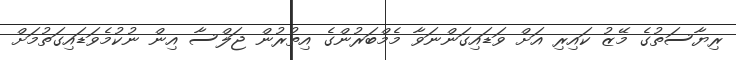
ރިޔާސަތުގެ މޭޒު ކައިރި އަށް ވަޑައިގަންނަވާ މެމްބަރުންގެ އިތުރުން ޖަލްސާ އިން ނުކުމެވަޑައިގަތުމަށް